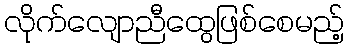
လိုက်လျောညီထွေဖြစ်စေမည့်